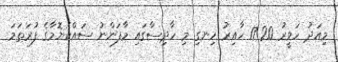
މިއަދު ހަވީރު 17:20 ހާއިރު ހިނގި މި ހާދިސާގައި މާފަންނު ސައްކެޔޮމާގެ ފުރަތަމަ